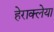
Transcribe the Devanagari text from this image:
हेराक्लेया